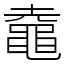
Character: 鼀